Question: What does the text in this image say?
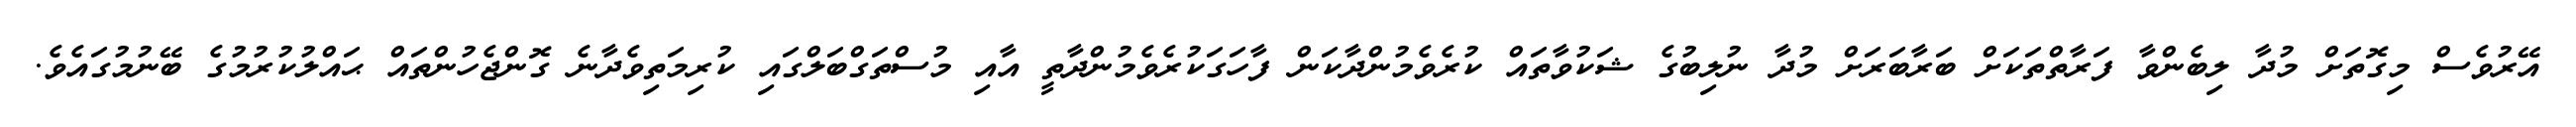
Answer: އޭރުވެސް މިގޮތަށް މުދާ ލިބެންވާ ފަރާތްތަކަށް ބަރާބަރަށް މުދާ ނުލިބުގެ ޝަކުވާތައް ކުރެވެމުންދާކަން ފާހަގަކުރެވެމުންދާތީ އާއި މުސްތަގްބަލްގައި ކުރިމަތިވެދާނެ ގޮންޖެހުންތައް ޙައްލުކުރުމުގެ ބޭނުމުގައެވެ.